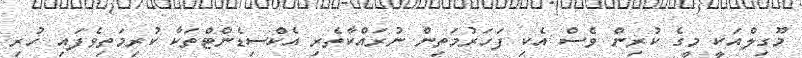
މޫގިލްއަކީ މީގެ ކުރިން ވެސް އެކި ފަހަރުމަތިން ނުރައްކާތެރި އެކްސިޑެންޓްތަކާ ކުރިމަތިވެފައި ހުރި